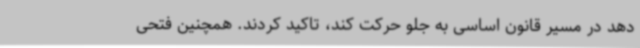
دهد در مسیر قانون اساسی به جلو حرکت کند، تاکید کردند. همچنین فتحی